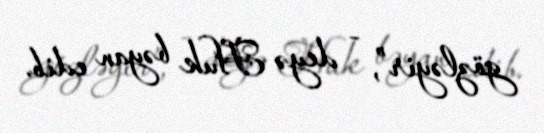
gözləyir”, - deyə Huk bəyan edib.